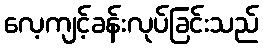
လေ့ကျင့်ခန်းလုပ်ခြင်းသည်